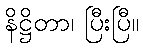
နိဋ္ဌိတာ၊ ပြီးပြီ။